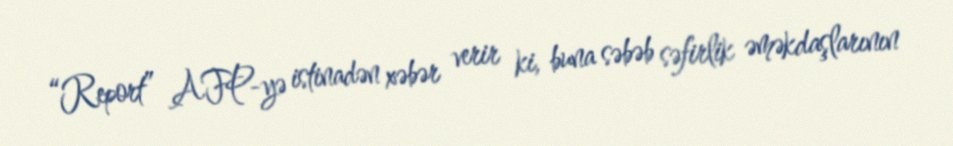
“Report” AFP-yə istinadən xəbər verir ki, buna səbəb səfirlik əməkdaşlarının